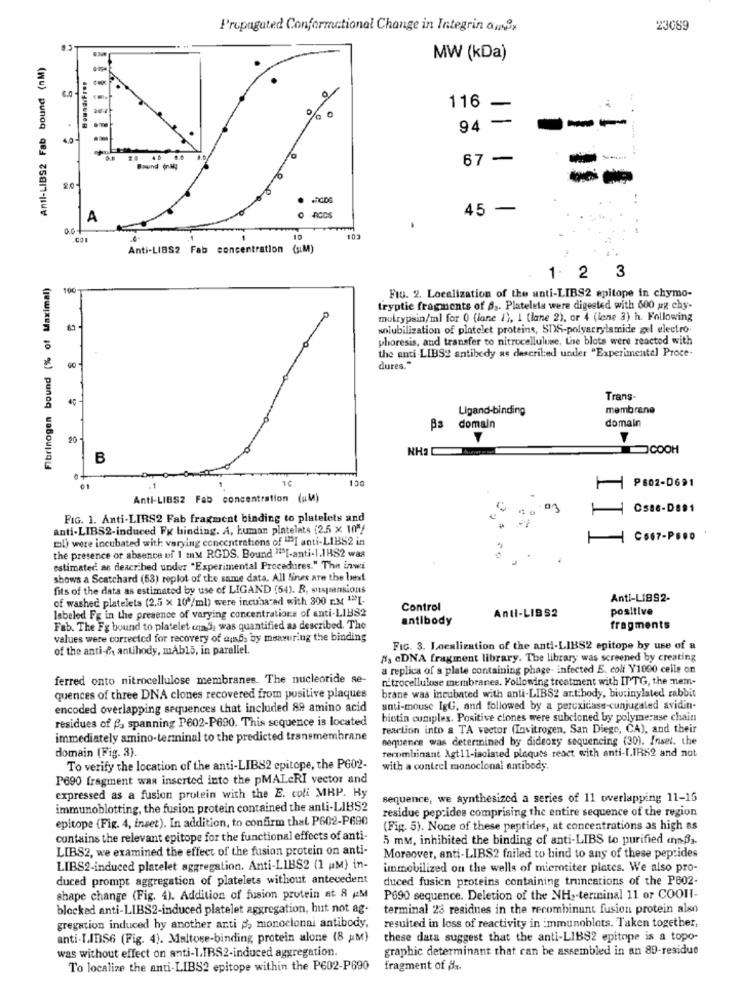
Propagated Conformational Change in Integrin ami,
23089
Anti-LIBS2 Fab bound (nM)
MW (kDa)
BoundiFree
116
-
-
94 -
4,0
4 0
67 -
Enund (na4;
20
45
-
A
O ACOS
act
COI
10
103
Anti-LIBS2 Fab concentration (s.M)
Fibrinogen bound (% of Maximal)
1. 2 3
100
. FIG. 2. Localization of the anti-LIBS2 epitope in chymo-
tryptic fragments of 63. Platelets were digested with 600 ug chy-
mutrypsin/ml for 0 (lane /), I (lane 2), or 4 (lene 3) h. Following
solubilization of platelet proteins, SDS-polyacrylamide gel electro-
phoresis, and transfer to nitrocellulose, the blots were reacted with
the anti-LIBS2 antibody as described under "Experimental Proce-
dures."
Trans-
Ligand-binding
membrane
domain
As domain
20
NH2
COOH
B
130
1
P602-0691
Anti-LIBS2 Fab concentration (uM)
FIG. 1. Anti-LIRS2 Fab fragment binding to platelets and
anti-LIBS2-induced Fx binding. A, human platelets (2.5 x 10"/
ml) were incubated with varying concentrations of "I anti-LIBS2 in
1
C667-P .. o
the presence or absence of 1 my RGDS. Bound "SI-anti-1.1HS2 was
estimated as described under "Experimental Procedures." The inwi
shows a Scatchard (53) replot of the same data. All fines are the best
fits of the data as estimated by use of LIGAND (54). R, suspensions
of washed platelets (2,5 x 10 /ml) were incuba ad with 300 EM ""L-
Anti-LIBS2-
labeled Fg in the presence of varying concentrations of anti-LIBS2
Control
positive
antibody
Anti-LIBS2
Fab. The Fg bound to platelet con S, was quantified as described. The
fragments
values were corrected for recovery of aiads by measuring the binding
of the anti-&, antihody, mAbl5, in parallel.
FIG. 3. Localization of the anti-LIBS2 epitope by use of a
Ns eDNA fragment library. The library was screened by creating
a replica of a plate containing phage- infected E. coli Y1000 celle on
ferred onto nitrocellulose membranes. The nucleoride se-
nitrocellulose membranes. Following treatment with IT TG, the nem-
brane was incubated with anti-LIBS2 art.hody, biurinylated rabbit
quences of three DNA clones recovered from positive plaques
encoded overlapping sequences that included 89 amino acid
anti-mouse IgG, and followed by a percxidase-cunjugated avidin-
residues of fa spanning P602-P690. This sequence is located
biotin cumples. Positive clones were subcicned by polymerase chain
reaction into a TA vector (Invitrogen, San Diego, CA), and their
immediately amino-terminal to the predicted transmembrane
sequence was determined by dideoxy sequencing (30). Inset. the
recombinant Agt11-isolated plaques react with anti-LIRS2 and not
domain (Fig. 3).
To verify the location of the anti-LIBS2 epitope, the P602-
with a conteel monoclonal antibody.
P690 fragment was inserted into the pMALeRI vector and
expressed as a fusion protein with the E. coli MHP. Hy
sequence, we synthesized a series of 11 overlapping 11-15
immunoblotting, the fusion protein contained the anti-LIBS2
residue peprides comprising the entire sequence of the region
epitope (Fig. 4, ineet). In addition, to confirm that P602-P690
(Fig. 5). None of these peptides, at concentrations as high as
contains the relevant epitope for the functional effects of anti-
5 mM, inhibited the binding of anti-LIBS to purified annBa.
LIBS2, we examined the effect of the fusion protein on anti-
Moreover, anti-LIBS2 failed to bind to any of these peptides
LIBS2-induced platelet aggregation. Anti-LIBS2 (1 AM) in-
immobilized on the wells of microtiter plates. We also pro-
duced prompt aggregation of platelets without antecedent
duced fusicn proteins containing truncations of the P602-
shape change (Fig. 4). Addition of fusion protein at 8 AM
P690 sequence. Deletion of the NH .- terminal 11 or COOIl-
blocked anti-LIBS2-induced platelet aggregation, hut not ag-
terminal 23 residues in the recombinunt fusion protein also
gregation induced hy another anti 3, monoclonal antibody,
resulted in loss of reactivity in immunoblots. Taken together,
anti-LIDS6 (Fig. 4). Maltose-binding protein alone (8 aM)
these data suggest that the anti-LIBS2 epitope is a topo-
was without effect on anti-LIBS2-induced aggregation.
graphic determinant that can be assembled in an 89-residue
To localize the anti-LIBS2 epitope within the P602-P690
fragment of 83.